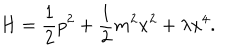
LaTeX: H = \frac { 1 } { 2 } p ^ { 2 } + \frac { 1 } { 2 } m ^ { 2 } x ^ { 2 } + \lambda x ^ { 4 } .